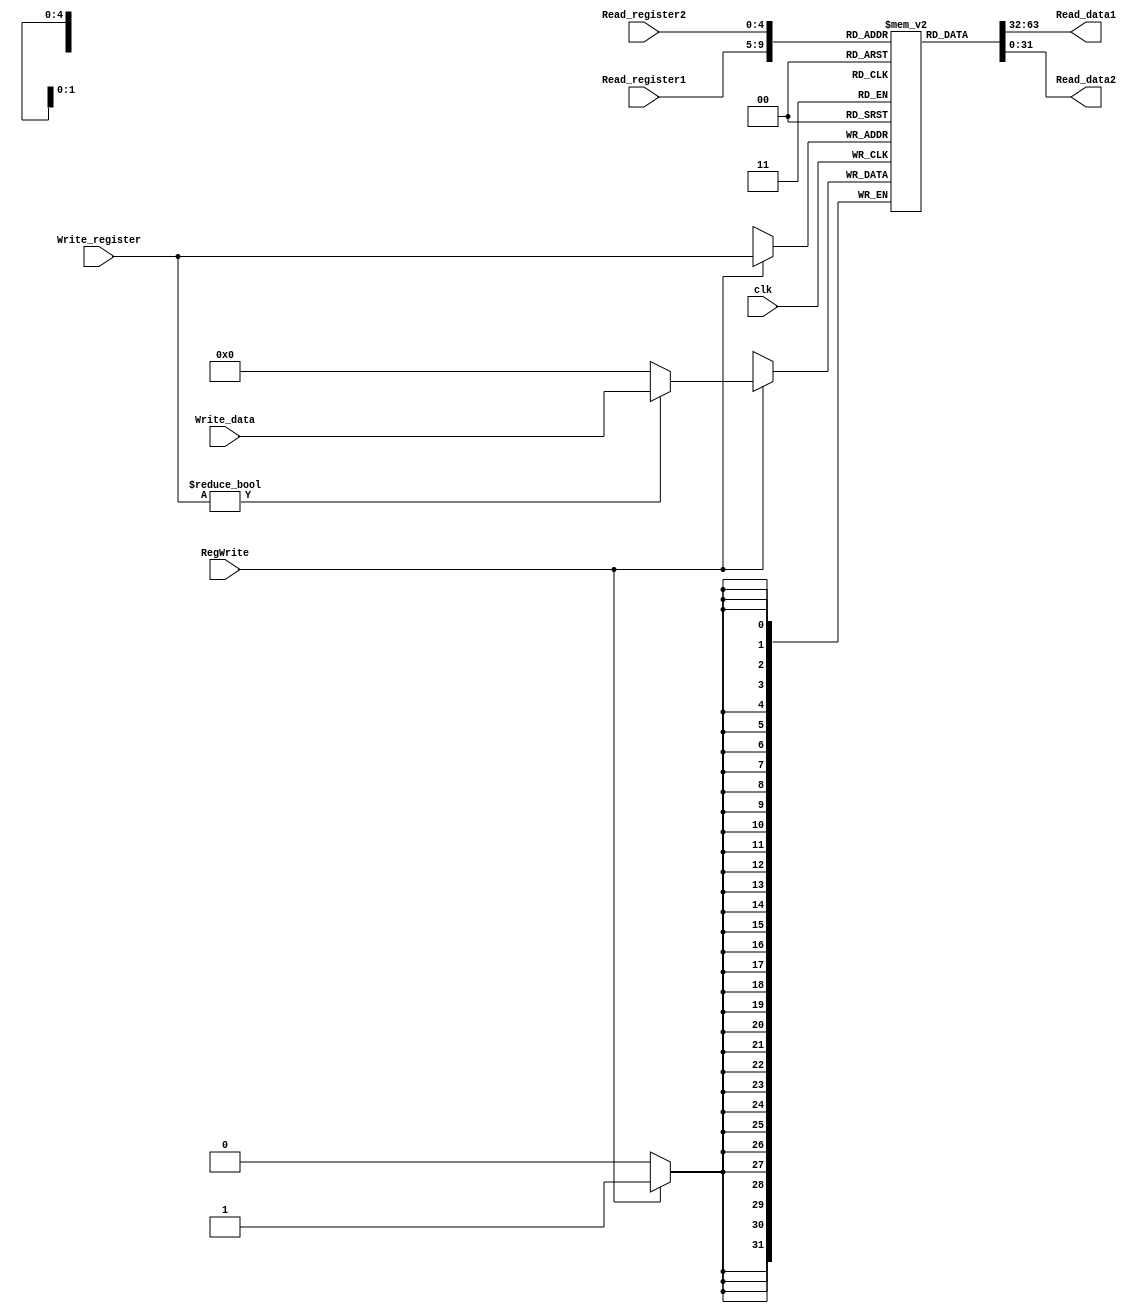
module Registers(clk, RegWrite, Read_register1, Read_register2, Write_register, Write_data, Read_data1, Read_data2);
	parameter width = 32, AddrWidth = 5, num = 32;
	
	input clk;
	input RegWrite;
	input [AddrWidth - 1:0] Read_register1;
	input [AddrWidth - 1:0] Read_register2;
	input [AddrWidth - 1:0] Write_register;
	input [width - 1:0] Write_data;
	output [width - 1:0] Read_data1;
	output [width - 1:0] Read_data2;
	
	reg [width - 1:0] registers[num - 1:0];
	integer i;
	
	initial
		begin
		for(i = 0;i < num;i = i + 1)
			registers[i] <= 0;
		registers[28] <= 32'h00001800;
		registers[29] <= 32'h00002ffe;
		end
	
	assign Read_data1 = registers[Read_register1];
	assign Read_data2 = registers[Read_register2];
	
	always@(negedge clk)
		begin
		if(RegWrite)
			begin
			registers[Write_register] = (Write_register != 0) ? Write_data : 0;
			`ifdef RF_DEBUG
			$display("R[00-07]=%8X, %8X, %8X, %8X, %8X, %8X, %8X, %8X", 0, registers[1], registers[2], registers[3], registers[4], registers[5], registers[6], registers[7]);
			$display("R[08-15]=%8X, %8X, %8X, %8X, %8X, %8X, %8X, %8X", registers[8], registers[9], registers[10], registers[11], registers[12], registers[13], registers[14], registers[15]);
			$display("R[16-23]=%8X, %8X, %8X, %8X, %8X, %8X, %8X, %8X", registers[16], registers[17], registers[18], registers[19], registers[20], registers[21], registers[22], registers[23]);
			$display("R[24-31]=%8X, %8X, %8X, %8X, %8X, %8X, %8X, %8X", registers[24], registers[25], registers[26], registers[27], registers[28], registers[29], registers[30], registers[31]);
			`endif
			//$display("Registers  %x  %x", Write_register, Write_data);
			end
		end
endmodule